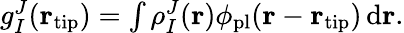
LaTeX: \begin{array}{r}{g_{I}^{J}({\mathbf r}_{\mathrm{tip}})=\int\rho_{I}^{J}({\mathbf r})\phi_{\mathrm{pl}}({\mathbf r}-{\mathbf r}_{\mathrm{tip}})\, \mathrm{d}{\mathbf r}.}\end{array}